Annual report on the working of the lock hospitals in the North-Western Provinces and Oudh
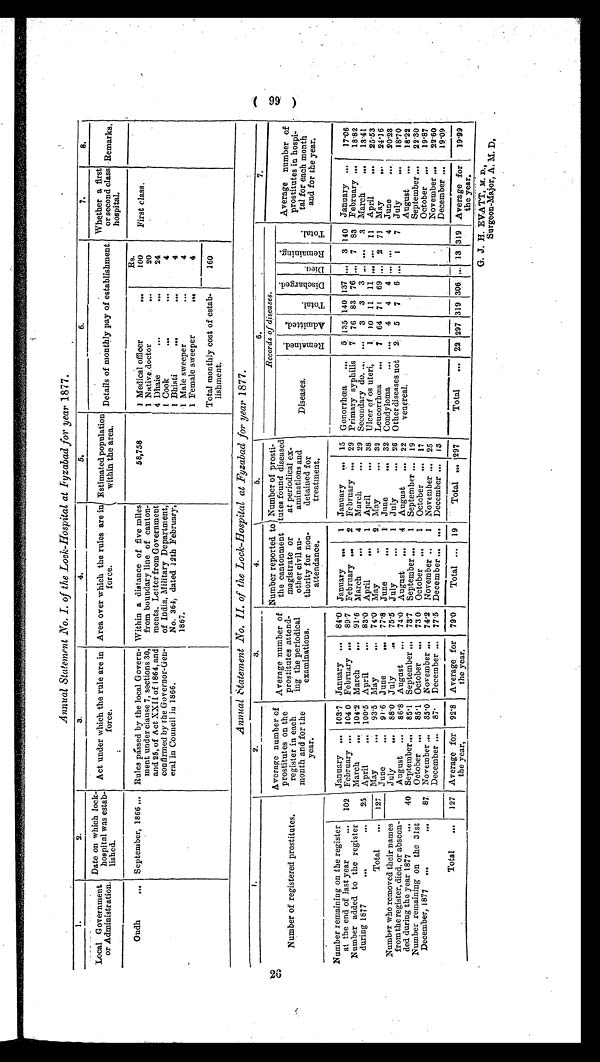
6
Annual Statement .No. I. of the Lock-Hospital at Fyzabad for year 1877.
1.
2.
3.
4.
5.
6.
7.
8.
Local Government
or Administration.
Date on which lock-
hospital was estab-
lisped.
Act under which the rule are in
force.
Area over which the rules are in
force.
Estimated population
within the area.
Details of monthly pay of establishment
.
Whether a first
or second class
hospital.
Remarks.
Rs.
Gudh
... September, 1866 ... Rules passed by the local Govern-
ment under clause 7, sections 30,
and 25, of Act. XXII of 1864, and
confirmed by the Governor-Gen-
eral in Council in 1866.
Within a distance of five miles
from boundary line of canton-
ments. Letter from Government
of India, Military Department,
No. 364, dated 12th February,
1 8 6 7 .
58,758
1 Medical officer
...
100
First class.
1 Native doctor
...
20
4 Dhaie
...
...
24
1 Cook
...
...
4
1 Bhisti
...
...
4
1 Male sweeper
...
4
1 Female sweeper
...
4
Total monthly cost of estab-
lishment.
160
Annual Statement No. II. of the Lock-Hospital at Fyzabad for year 1877.
1.
2.
3.
4.
5.
6.
7.
Number of registered prostitutes.
Average number of
prostitutes on the
register in each
month and for the
year.
Average number of
prostitutes attend-
ing the periodical
examinations.
Number reported. to
the cantonment
magistrate or
other civil au-
thority for non-
attendance.
Number of prosti-
tutes found diseased
at periodical ex-
aminations and
detained for
treatment.
Records of diseases.
Average number of
prostitutes in hospi-
tal for each month
and for the year.
Diseases.
R e ma i n e d .
Ad mi t t e d .
T o t a l .
D i s c h a r g e d .
Di ed.
Re ma i n i n g .
T o t a l .
Number remaining on the register
at the end of last year
...
January ... 103.7 January ... 84.0 January ... 1 January ... 15 Gonorrhœa ... 5 135 140 137 ... 3 140 January ... 17.06
102 February ... 104.0 February ... 89.7 February ... 2 February ... 29 Primary syphilis 7 76 83 76 ... 7 83 February ... 18.82
Number added to the register
during 1877
...
...
March ... 104.2 March ... 91.6 March
... 4 March
••• 2 9 Secondary do. ... ... 3 3 3
... 3 March ... 13.41
25 April
... 100.5 April
... 83.0 April
... 1 April
... 38 Ulcer of os uteri, 1 10 11 11
... ... 11 April
... 25.53
Total ... 127 May
... 93.5 May
... 74.0 May
... 2 May
... 32 Leucorrhœa ... 7 64 71 69 ... 2 71 May
... 24.16
June
... 91.6 June
... 77.8 June
... 1 June
... 32 Condyloma ... ... 4 4 4 ... ... 4 June
... 20.23
Number who removed their names
from the register, died, or abscon-
ded during the year 1877
•••
July
... 88.0 July
... 75.5 July
... 1 July
... 26 Other diseases not
venereal.
2 5 7 6
1 7 J u l y . . .
18.70
August ... 86.8 August ... 74.0 August ... 4 August ... 22
August ... 18.22
40 September... 85.1 September ... 73.7 September ... 1 September ... 19
September ... 22.30
Number remaining on the 31st
December, 1877 „,
...
October ... 85.1 October ... 73. 0 October ... 1 October ... 17
October ... 19.87
87 November ... 85.0 November ... 74.2 November .. 1 November ... 25
November ... 22.60
December ... 87. December ... 77.5 December ... ... December ... 13
December ... 19.09
Total ... 127 Average for
the year,
92.8 Average for
the year.
79.0
Total ... 19
Total ... 297
Total
22 297 319 306 ... 13 319 Average for
the year.
19.99
G. J. H. EVA TT, M. D.,
Surgeon-Major, A. M. D.